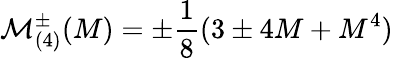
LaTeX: \mathcal{M}_{(4)}^{\pm}(M)=\pm\frac{1}{8}(3\pm 4M+M^{4})